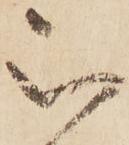
被